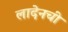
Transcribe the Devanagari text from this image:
लादेनची